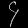
Digit: ၄